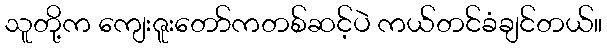
သူတို့က ကျေးဇူးတော်ကတစ်ဆင့်ပဲ ကယ်တင်ခံချင်တယ်။